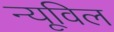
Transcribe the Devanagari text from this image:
न्यूविल